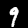
Label: 9